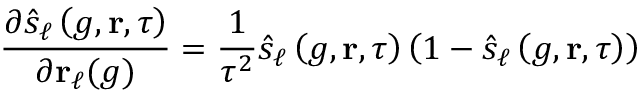
\frac { \partial \hat { s } _ { \ell } \left( g , \ensuremath { \mathbf { r } } , \tau \right) } { \partial \ensuremath { \mathbf { r } } _ { \ell } ( g ) } = \frac { 1 } { \tau ^ { 2 } } \hat { s } _ { \ell } \left( g , \ensuremath { \mathbf { r } } , \tau \right) \left( 1 - \hat { s } _ { \ell } \left( g , \ensuremath { \mathbf { r } } , \tau \right) \right)